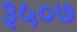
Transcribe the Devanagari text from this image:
३५०७